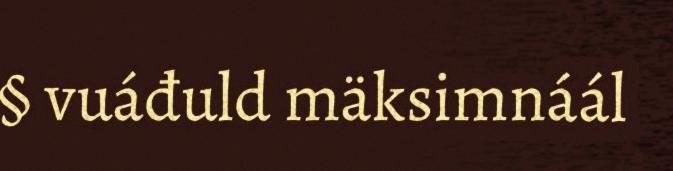
§ vuáđuld mäksimnáál